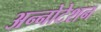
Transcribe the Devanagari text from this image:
अन्नोटेशन